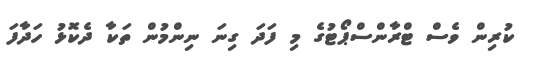
ކުރިން ވެސް ޓްރާންސްޕޯޓުގެ މި ފަދަ ގިނަ ނިންމުން ތަކާ ދެކޮޅު ހަދާފަ